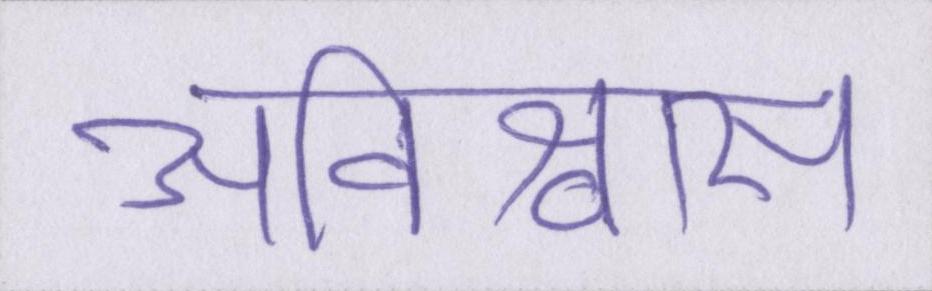
अविश्वास